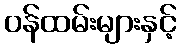
ဝန်ထမ်းများနှင့်